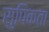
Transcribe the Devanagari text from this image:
सुपिकता